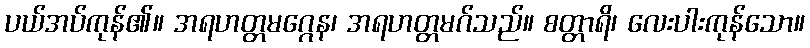
ပယ်အပ်ကုန်၏။ အရဟတ္တမဂ္ဂေန၊ အရဟတ္တမဂ်သည်။ စတ္တာရိ၊ လေးပါးကုန်သော။